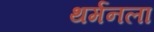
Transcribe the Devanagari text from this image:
थर्मनला